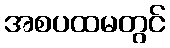
အစပထမတွင်